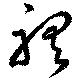
聽